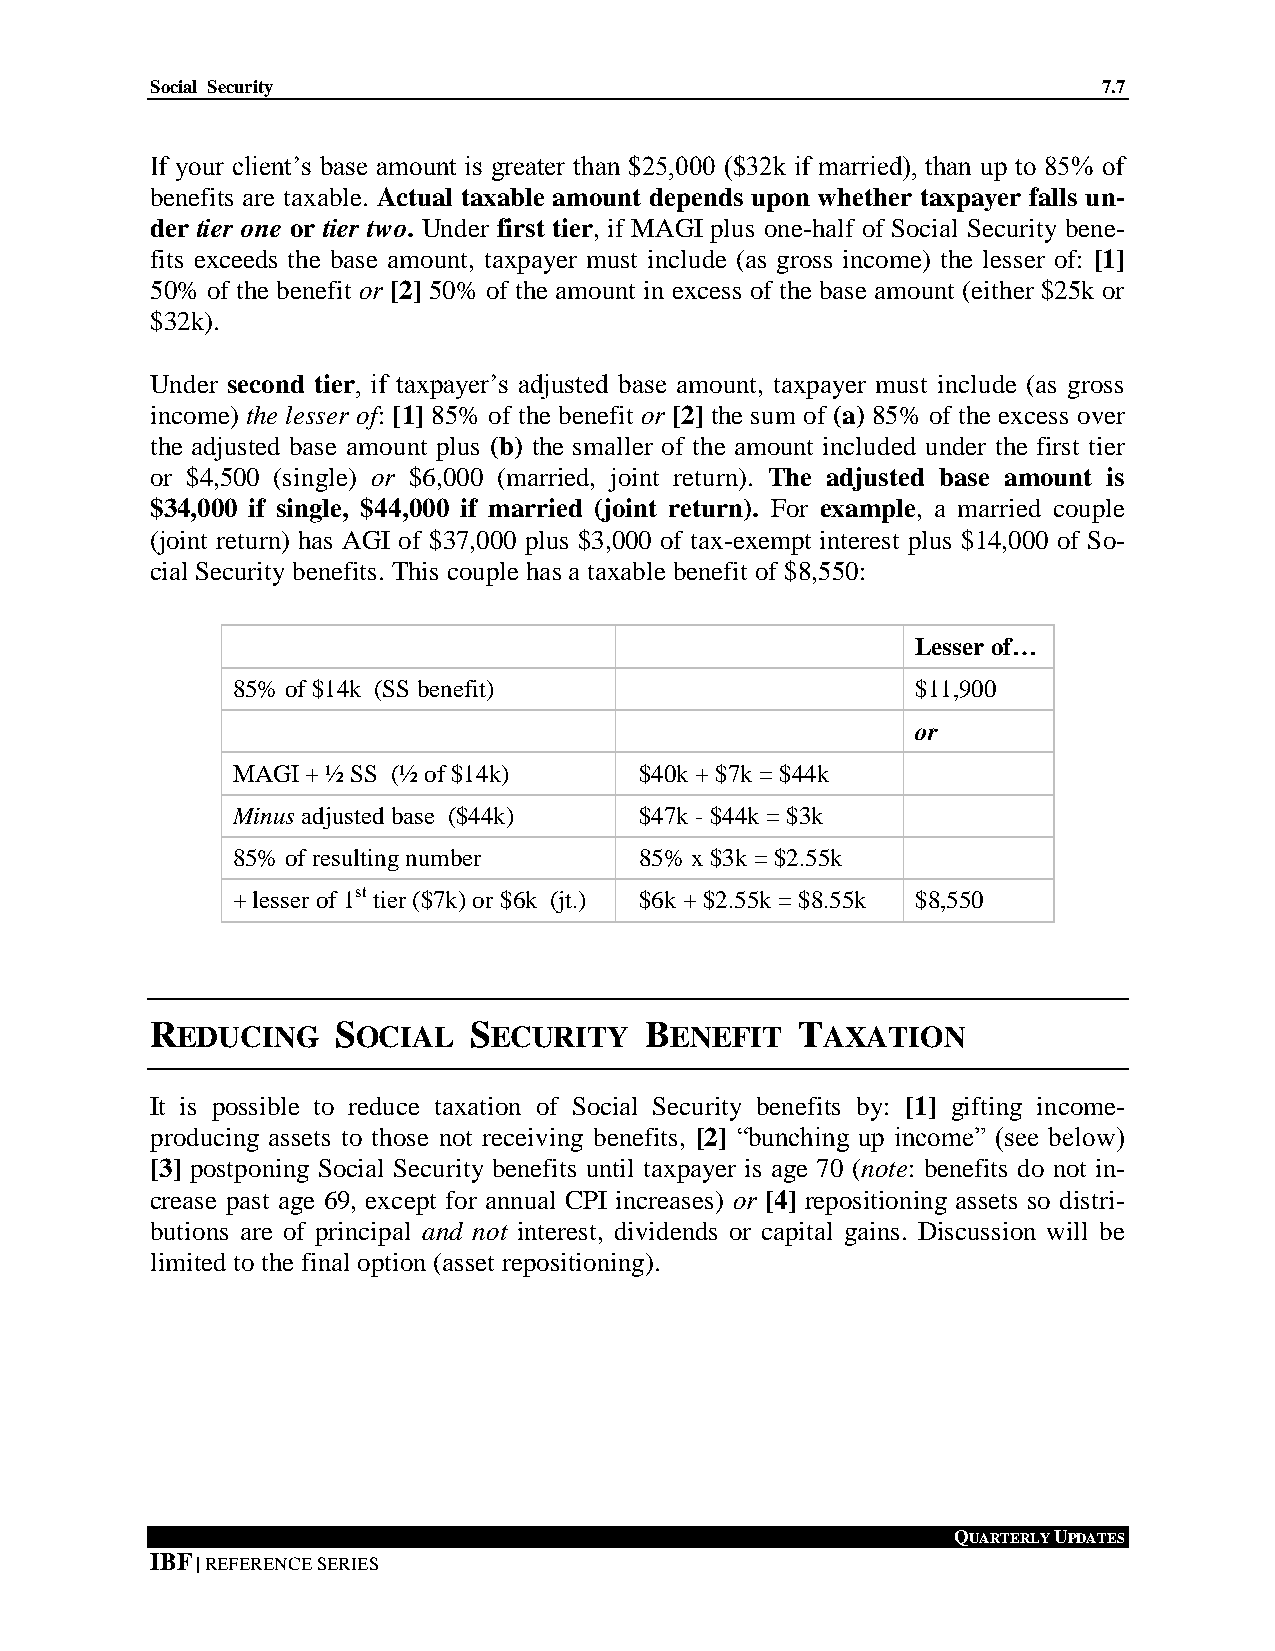
Social Security                                                7.7
 If your client’s base amount is greater than $25,000 ($32k if married), than up to 85% of
 benefits are taxable. Actual taxable amount depends upon whether taxpayer falls un-
 der tier one or tier two. Under first tier, if MAGI plus one-half of Social Security bene-
 fits exceeds the base amount, taxpayer must include (as gross income) the lesser of: [1]
 50% of the benefit or [2] 50% of the amount in excess of the base amount (either $25k or
 $32k).
 Under second tier, if taxpayer’s adjusted base amount, taxpayer must include (as gross
 income) the lesser of: [1] 85% of the benefit or [2] the sum of (a) 85% of the excess over
 the adjusted base amount plus (b) the smaller of the amount included under the first tier
 or $4,500 (single) or $6,000 (married, joint return). The adjusted base amount is
 $34,000 if single, $44,000 if married (joint return). For example, a married couple
 (joint return) has AGI of $37,000 plus $3,000 of tax-exempt interest plus $14,000 of So-
 cial Security benefits. This couple has a taxable benefit of $8,550:
 Lesser of…
 85% of $14k (SS benefit)                      $11,900
 or
 MAGI + ½ SS (½ of $14k)    $40k + $7k = $44k
 Minus adjusted base ($44k) $47k - $44k = $3k
 85% of resulting number    85% x $3k = $2.55k
 + lesser of 1st tier ($7k) or $6k (jt.) $6k + $2.55k = $8.55k $8,550
 REDUCING    SOCIAL   SECURITY    BENEFIT   TAXATION
 It is possible to reduce taxation of Social Security benefits by: [1] gifting income-
 producing assets to those not receiving benefits, [2] “bunching up income” (see below)
 [3] postponing Social Security benefits until taxpayer is age 70 (note: benefits do not in-
 crease past age 69, except for annual CPI increases) or [4] repositioning assets so distri-
 butions are of principal and not interest, dividends or capital gains. Discussion will be
 limited to the final option (asset repositioning).
 QUARTERLY UPDATES
 IBF | REFERENCE SERIES